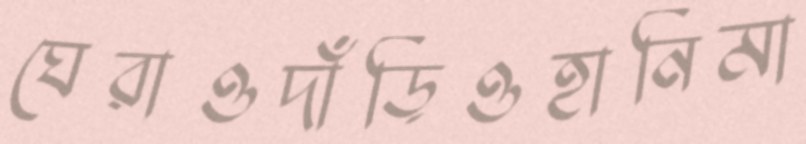
ঘেরাওদাঁড়িওহানিমা